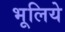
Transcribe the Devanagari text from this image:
भूलिये